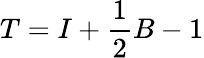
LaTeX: T=I+{\frac{1}{2}}B-1